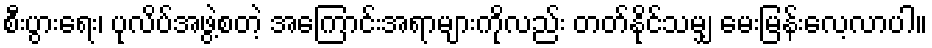
စီးပွားရေး၊ ပုလိပ်အဖွဲ့စတဲ့ အကြောင်းအရာများကိုလည်း တတ်နိုင်သမျှ မေးမြန်းလေ့လာပါ။